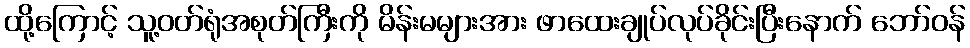
ထို့ကြောင့် သူ့ဝတ်ရုံအစုတ်ကြီးကို မိန်းမများအား ဖာထေးချုပ်လုပ်ခိုင်းပြီးနောက် ဘော်ဝန်